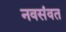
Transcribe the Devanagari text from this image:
नवसंवत